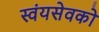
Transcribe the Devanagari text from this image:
स्वंयसेवको